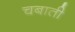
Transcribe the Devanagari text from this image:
चबाती